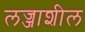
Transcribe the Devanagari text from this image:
लज्जाशील